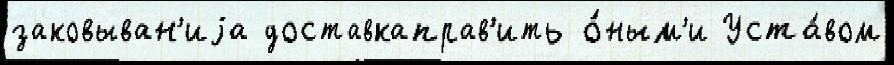
заковыван'иjа доставкаправ'ить о́ным'и Уста́вом